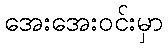
အေးအေးဝင်းမှာ